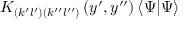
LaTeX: K _ { \left( k ^ { \prime } l ^ { \prime } \right) \left( k ^ { \prime \prime } l ^ { \prime \prime } \right) } \left( y ^ { \prime } , y ^ { \prime \prime } \right) \left\langle \Psi | \Psi \right\rangle